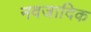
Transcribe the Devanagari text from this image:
नवजादिक